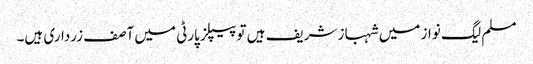
مسلم لیگ نواز میں شہباز شریف ہیں تو پیپلز پارٹی میں آصف زرداری ہیں۔